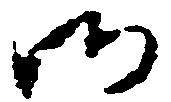
御